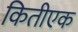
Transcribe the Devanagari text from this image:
कितीएक